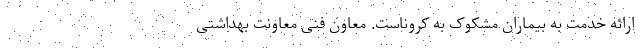
ارائه خدمت به بیماران مشکوک به کروناست. معاون فنی معاونت بهداشتی